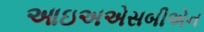
આઇઅએસબીએન